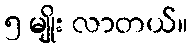
၅ မျိုး လာတယ်။